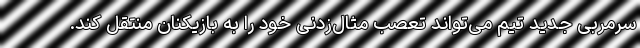
سرمربی جدید تیم می‌تواند تعصب مثال‌زدنی خود را به بازیکنان منتقل کند.